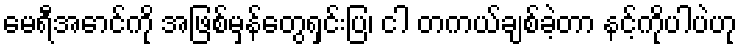
မေရီအောင်ကို အဖြစ်မှန်တွေရှင်းပြ၊ ငါ တကယ်ချစ်ခဲ့တာ နင့်ကိုပါပဲဟု